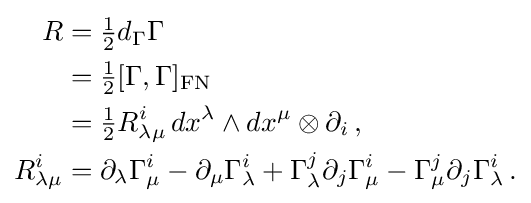
{\begin{aligned}R&={\tfrac {1}{2}}d_{\Gamma }\Gamma \\&={\tfrac {1}{2}}[\Gamma ,\Gamma ]_{\mathrm {FN} }\\&={\tfrac {1}{2}}R_{\lambda \mu }^{i}\,dx^{\lambda }\wedge dx^{\mu }\otimes \partial _{i}\,,\\R_{\lambda \mu }^{i}&=\partial _{\lambda }\Gamma _{\mu }^{i}-\partial _{\mu }\Gamma _{\lambda }^{i}+\Gamma _{\lambda }^{j}\partial _{j}\Gamma _{\mu }^{i}-\Gamma _{\mu }^{j}\partial _{j}\Gamma _{\lambda }^{i}\,.\end{aligned}}